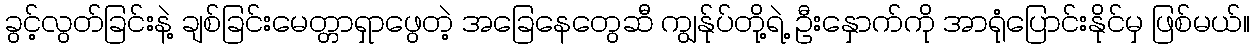
ခွင့်လွတ်ခြင်းနဲ့ ချစ်ခြင်းမေတ္တာရှာဖွေတဲ့ အခြေနေတွေဆီ ကျွန်ုပ်တို့ရဲ့ ဦးနှောက်ကို အာရုံပြောင်းနိုင်မှ ဖြစ်မယ်။